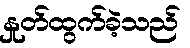
နှုတ်ထွက်ခဲ့သည်